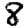
Digit: 8